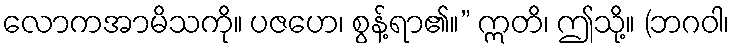
လောကအာမိသကို။ ပဇဟေ၊ စွန့်ရာ၏။” ဣတိ၊ ဤသို့။ (ဘဂဝါ၊